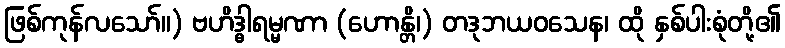
ဖြစ်ကုန်လသော်။) ဗဟိဒ္ဓါရမ္မဏာ (ဟောန္တိ၊) တဒုဘယဝသေန၊ ထို နှစ်ပါးစုံတို့၏